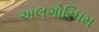
અલગોરિધમ